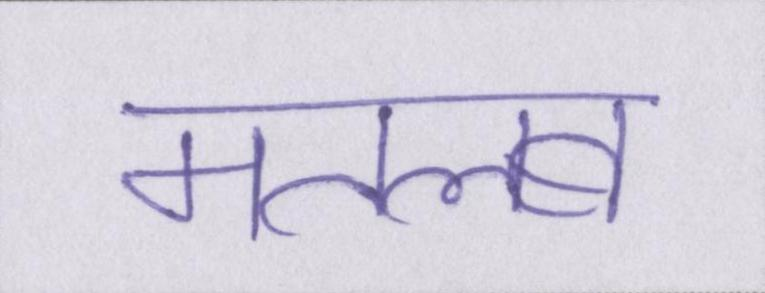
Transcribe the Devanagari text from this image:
मतलब